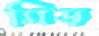
মিড়